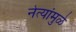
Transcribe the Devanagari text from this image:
नेत्यांमुळे